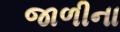
જાળીના